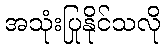
အသုံးပြုနိုင်သလို